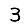
Digit: 3